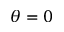
\theta = 0